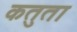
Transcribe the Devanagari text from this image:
कतुता